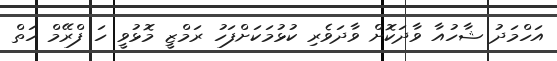
އަހްމަދު ޝާހުއާ ވާދަކޮށް ވާދަވެރި ކުޅުމަކަށްފަހު ރަމްޒީ މޮޅުވީ ހަ ފްރޭމް ހަތް